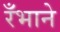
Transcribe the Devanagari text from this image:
रँभाने